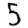
Digit: 5